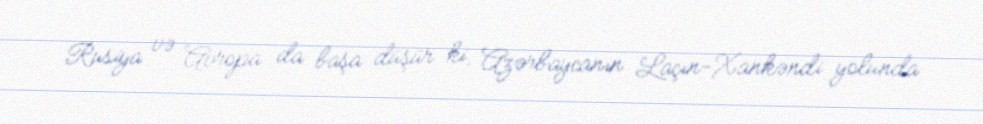
Rusiya və Avropa da başa düşür ki, Azərbaycanın Laçın-Xankəndi yolunda